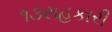
૧૩સહકારી